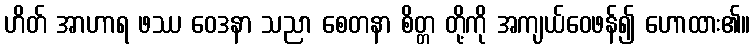
ဟိတ် အာဟာရ ဖဿ ဝေဒနာ သညာ စေတနာ စိတ္တ တို့ကို အကျယ်ဝေဖန်၍ ဟောထား၏။